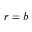
r = b